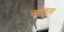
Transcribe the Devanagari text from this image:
आज़ुल